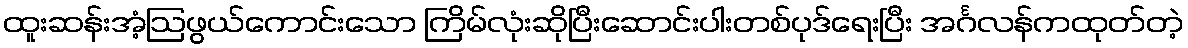
ထူးဆန်းအံ့ဩဖွယ်ကောင်းသော ကြိမ်လုံးဆိုပြီးဆောင်းပါးတစ်ပုဒ်ရေးပြီး အင်္ဂလန်ကထုတ်တဲ့